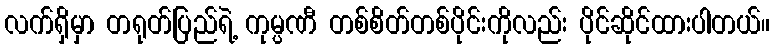
လက်ရှိမှာ တရုတ်ပြည်ရဲ့ ကုမ္ပဏီ တစ်စိတ်တစ်ပိုင်းကိုလည်း ပိုင်ဆိုင်ထားပါတယ်။